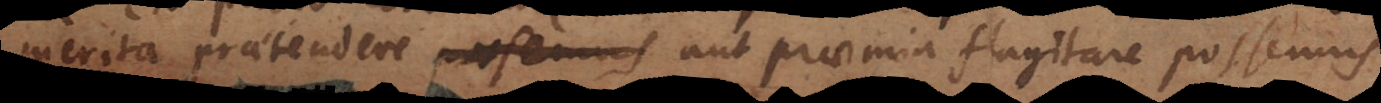
merita praetendere possemus aut praemia flagitare possemus